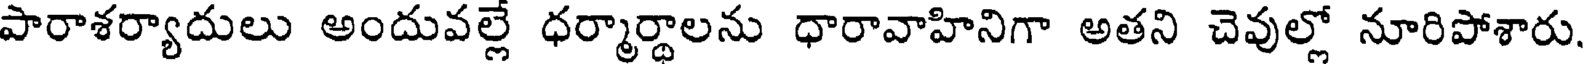
పారాశర్యాదులు అందువల్లే ధర్మార్థాలను ధారావాహినిగా అతని చెవుల్లో నూరిపోశారు